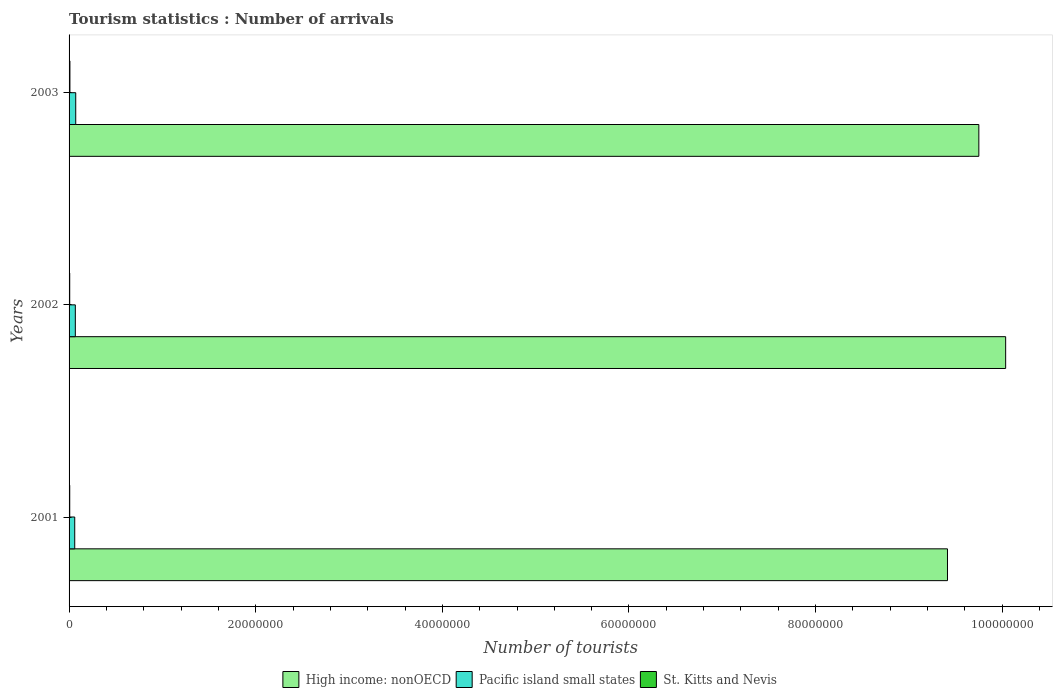
| Years | High income: nonOECD | Pacific island small states | St. Kitts and Nevis |
 | --- | --- | --- | --- |
 | 2001 | 9.41e+07 | 6.07e+05 | 7.1e+04 |
 | 2002 | 1e+08 | 6.7e+05 | 6.9e+04 |
 | 2003 | 9.75e+07 | 7.14e+05 | 9.1e+04 |